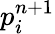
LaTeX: p_{i}^{n+1}